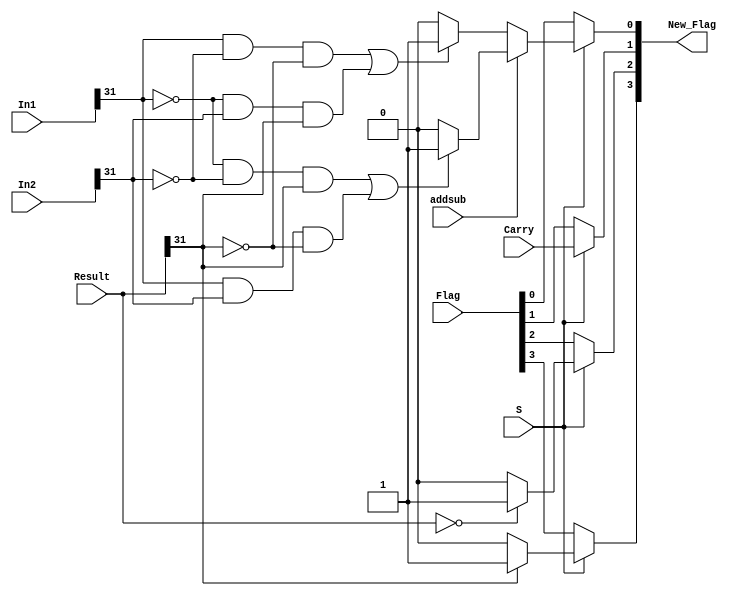
module SET_FLAG(In1, In2, Result, Flag, S, New_Flag, Carry, addsub);	//[N, Z, C, V}]
input [31:0] In1, In2;
input S;
input [3:0] Flag;
input Carry;
input addsub;
input [31:0] Result;
output [3:0] New_Flag;

//Flag assignments
assign New_Flag[0]= (S) ? (addsub) ? ((In1[31]==0 && In2[31]==0 && Result[31]==1)||(In1[31]==1 && In2[31]==1 && Result[31]==0) ? 1 : 0) :((In1[31]==1 && In2[31]==0 && Result[31]==0)||(In1[31]==0 && In2[31]==1 && Result[31]==1) ? 1 : 0) : (Flag[0]);//What about for subtraction?
assign New_Flag[1]= (S) ? (Carry) : (Flag[1]);
assign New_Flag[2]= (S) ? ((Result==0)? 1 : 0) : (Flag[2]);
assign New_Flag[3]= (S) ? ((Result[31]==1)? 1 : 0) : (Flag[3]);

endmodule